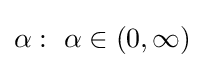
\alpha :~\alpha \in (0,\infty )